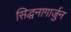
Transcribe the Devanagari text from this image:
सिद्धनागार्जुन